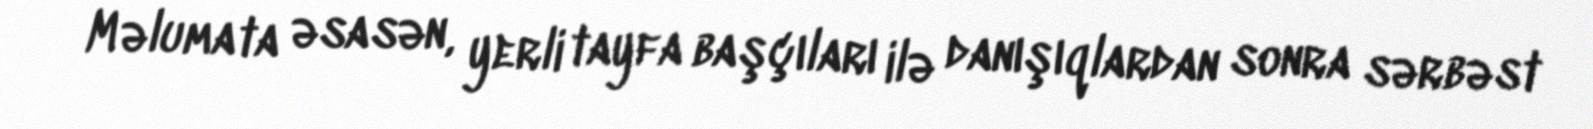
Məlumata əsasən, yerli tayfa başçıları ilə danışıqlardan sonra sərbəst